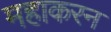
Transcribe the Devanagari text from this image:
महाकरन